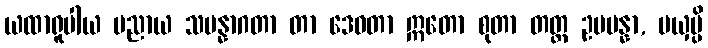
ယထာရူပါယ ပညာယ သမန္နာဂတာ တာ ဒေဝတာ ဣတော စုတာ တတ္ထ ဥပပန္နာ, မယှမ္ပိ